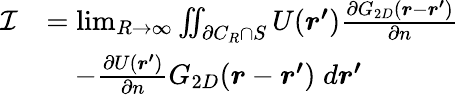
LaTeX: \begin{array}{rl}{\mathcal{I}}&{=\operatorname*{lim}_{R\to\infty}\iint_{\partial C_{R}\cap S}U(\boldsymbol{r^{\prime}})\frac{\partial G_{2D}(\boldsymbol{r}-\boldsymbol{r^{\prime}})}{\partial n}}\\ &{\quad-\frac{\partial U(\boldsymbol{r^{\prime}})}{\partial n}G_{2D}(\boldsymbol{r}-\boldsymbol{r^{\prime}})\; d\boldsymbol{r^{\prime}}}\end{array}